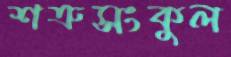
শত্রুসংকুল